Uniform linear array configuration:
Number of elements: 4
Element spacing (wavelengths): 0.25
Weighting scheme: uniform
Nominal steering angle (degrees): -15
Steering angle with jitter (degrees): -13.427
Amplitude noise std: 0.05
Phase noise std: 0.05

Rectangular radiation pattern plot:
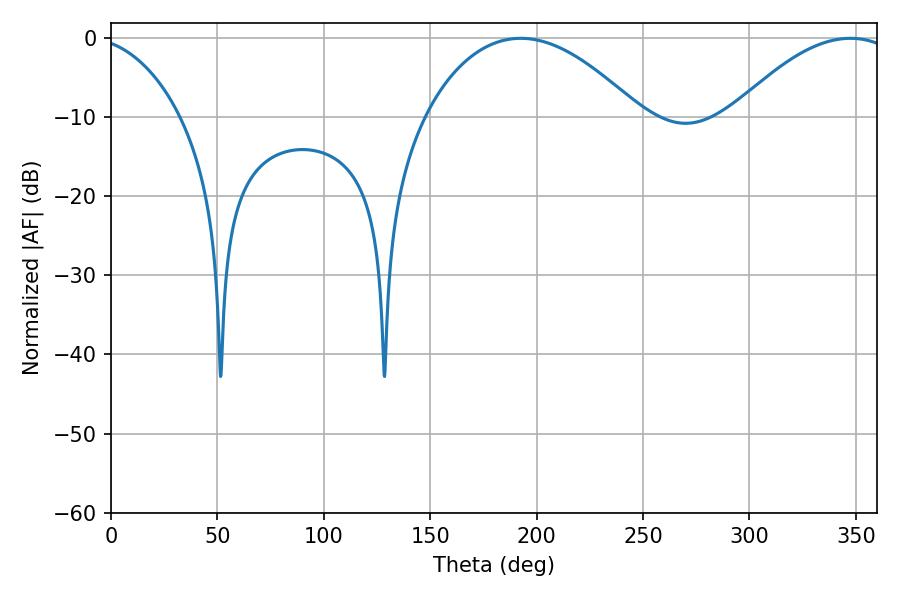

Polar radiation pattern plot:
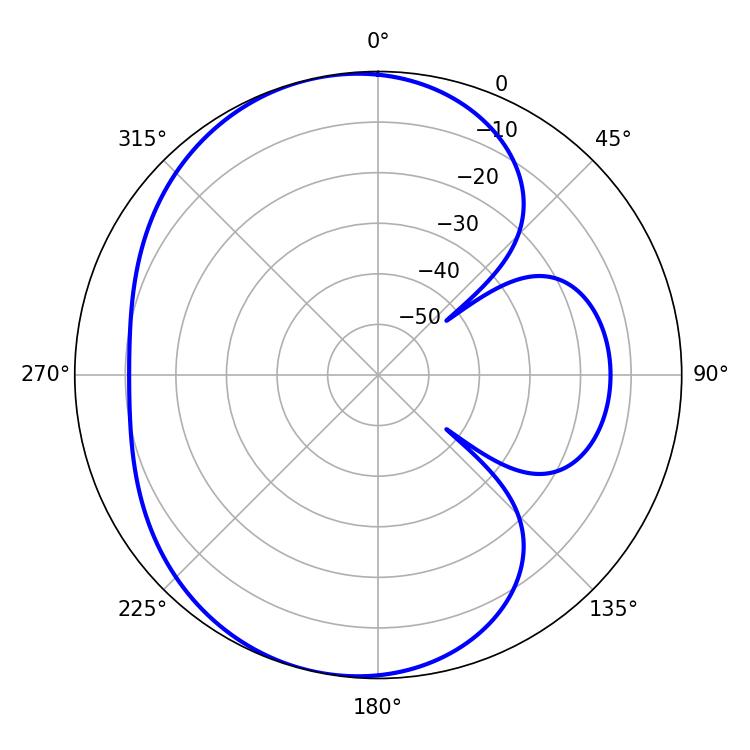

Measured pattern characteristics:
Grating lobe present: FALSE
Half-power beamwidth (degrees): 56.34
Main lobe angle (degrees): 192.6